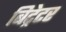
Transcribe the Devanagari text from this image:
बिट्रेटर